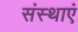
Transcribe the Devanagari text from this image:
संस्थाएं